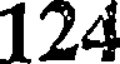
124